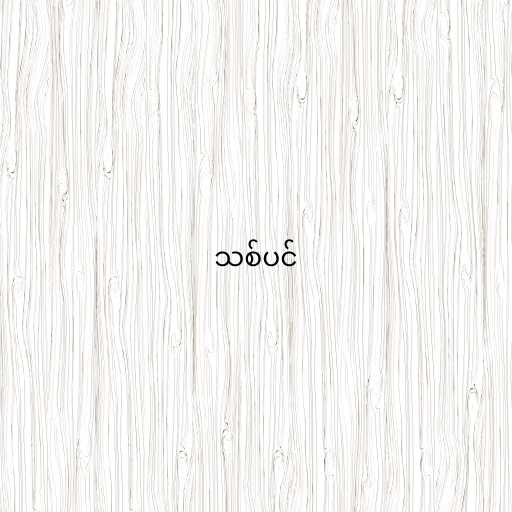
သစ်ပင်